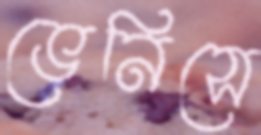
ভেনিসে